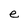
Character: e